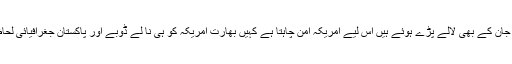
بھارت کے ساتھ ساتھ امریکہ کو اپنی جان کے بھی لالے پڑے ہوئے ہیں اس لیے امریکہ امن چاہتا ہے کہیں بھارت امریکہ کو ہی نا لے ڈوبے اور پاکستان جغرافیائی لحاظ سے بھی نہایت اہمیت کا حامل ہے ۔